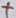
Text: +